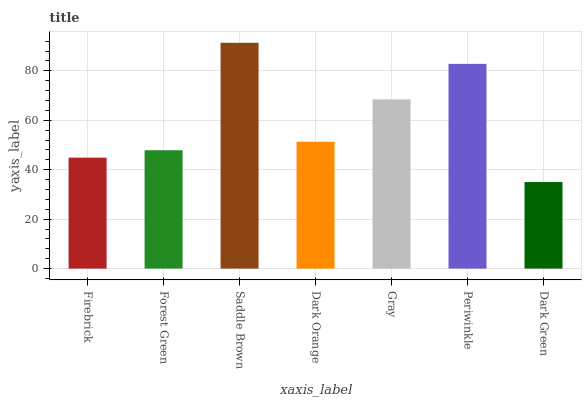
| xaxis_label | bars |
 | --- | --- |
 | Firebrick | 44.9 |
 | Forest Green | 47.9 |
 | Saddle Brown | 91.3 |
 | Dark Orange | 51.3 |
 | Gray | 68.5 |
 | Periwinkle | 82.8 |
 | Dark Green | 35 |